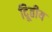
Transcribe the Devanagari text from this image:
दिूतीय